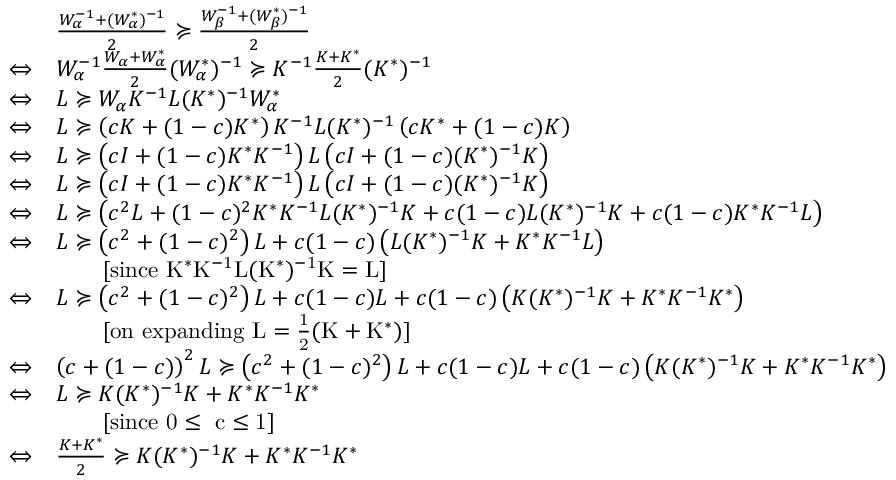
\begin{array} { r l } & { \frac { W _ { \alpha } ^ { - 1 } + ( W _ { \alpha } ^ { * } ) ^ { - 1 } } { 2 } \succcurlyeq \frac { W _ { \beta } ^ { - 1 } + ( W _ { \beta } ^ { * } ) ^ { - 1 } } { 2 } } \\ { \Leftrightarrow } & { W _ { \alpha } ^ { - 1 } \frac { W _ { \alpha } + W _ { \alpha } ^ { * } } { 2 } ( W _ { \alpha } ^ { * } ) ^ { - 1 } \succcurlyeq K ^ { - 1 } \frac { K + K ^ { * } } { 2 } ( K ^ { * } ) ^ { - 1 } } \\ { \Leftrightarrow } & { L \succcurlyeq W _ { \alpha } K ^ { - 1 } L ( K ^ { * } ) ^ { - 1 } W _ { \alpha } ^ { * } } \\ { \Leftrightarrow } & { L \succcurlyeq \left( c K + ( 1 - c ) K ^ { * } \right) K ^ { - 1 } L ( K ^ { * } ) ^ { - 1 } \left( c K ^ { * } + ( 1 - c ) K \right) } \\ { \Leftrightarrow } & { L \succcurlyeq \left( c I + ( 1 - c ) K ^ { * } K ^ { - 1 } \right) L \left( c I + ( 1 - c ) ( K ^ { * } ) ^ { - 1 } K \right) } \\ { \Leftrightarrow } & { L \succcurlyeq \left( c I + ( 1 - c ) K ^ { * } K ^ { - 1 } \right) L \left( c I + ( 1 - c ) ( K ^ { * } ) ^ { - 1 } K \right) } \\ { \Leftrightarrow } & { L \succcurlyeq \left( c ^ { 2 } L + ( 1 - c ) ^ { 2 } K ^ { * } K ^ { - 1 } L ( K ^ { * } ) ^ { - 1 } K + c ( 1 - c ) L ( K ^ { * } ) ^ { - 1 } K + c ( 1 - c ) K ^ { * } K ^ { - 1 } L \right) } \\ { \Leftrightarrow } & { L \succcurlyeq \left( c ^ { 2 } + ( 1 - c ) ^ { 2 } \right) L + c ( 1 - c ) \left( L ( K ^ { * } ) ^ { - 1 } K + K ^ { * } K ^ { - 1 } L \right) } \\ & { \ \ \ \ \ \ \mathrm { [ s i n c e ~ \ensuremath { K ^ { * } K ^ { - 1 } L ( K ^ { * } ) ^ { - 1 } K = L } ] } } \\ { \Leftrightarrow } & { L \succcurlyeq \left( c ^ { 2 } + ( 1 - c ) ^ { 2 } \right) L + c ( 1 - c ) L + c ( 1 - c ) \left( K ( K ^ { * } ) ^ { - 1 } K + K ^ { * } K ^ { - 1 } K ^ { * } \right) } \\ & { \ \ \ \ \ \ \mathrm { [ o n ~ e x p a n d i n g ~ \ensuremath { L = \frac { 1 } { 2 } ( K + K ^ { * } ) } ] } } \\ { \Leftrightarrow } & { \left( c + ( 1 - c ) \right) ^ { 2 } L \succcurlyeq \left( c ^ { 2 } + ( 1 - c ) ^ { 2 } \right) L + c ( 1 - c ) L + c ( 1 - c ) \left( K ( K ^ { * } ) ^ { - 1 } K + K ^ { * } K ^ { - 1 } K ^ { * } \right) } \\ { \Leftrightarrow } & { L \succcurlyeq K ( K ^ { * } ) ^ { - 1 } K + K ^ { * } K ^ { - 1 } K ^ { * } } \\ & { \ \ \ \ \ \ \mathrm { [ s i n c e ~ \ensuremath { 0 \leq ~ c \leq 1 } ] } } \\ { \Leftrightarrow } & { \frac { K + K ^ { * } } { 2 } \succcurlyeq K ( K ^ { * } ) ^ { - 1 } K + K ^ { * } K ^ { - 1 } K ^ { * } } \end{array}